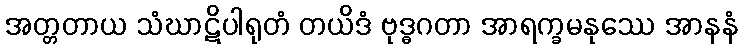
အတ္တတာယ သံဃာဋိပါရုတံ တယိဒံ ဗုဒ္ဓဂတာ အာရက္ခမနုဿေ အာနနံ